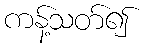
ကန့်သတ်၍